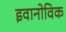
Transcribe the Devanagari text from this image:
इवानोविक